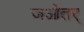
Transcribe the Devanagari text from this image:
जओतर्